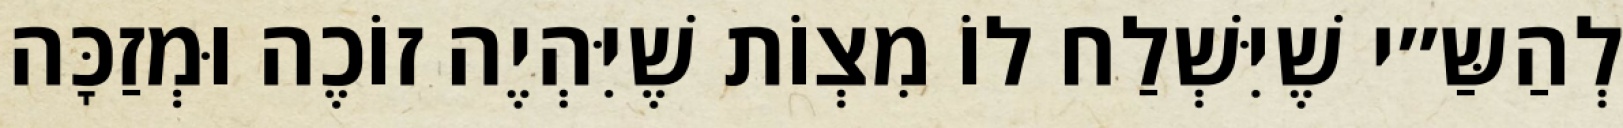
לְהַשַּ״י שֶׁיִּשְׁלַח לוֹ מִצְוֹת שֶׁיִּהְיֶה זוֹכֶה וּמְזַכָּה